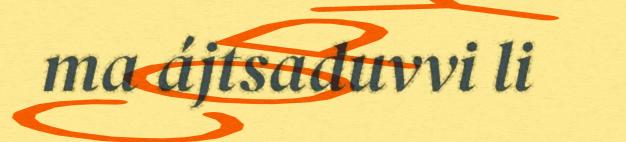
ma ájtsaduvvi li